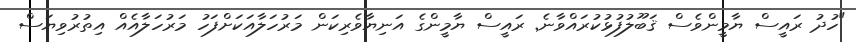
"ހުދު ރައީސް ޔާމީންވެސް ޤަބޫލުފުޅުކުރައްވާނެ